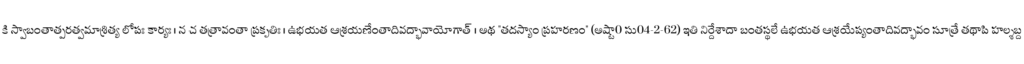
కి స్వాబంతాత్పరత్వమాశ్రిత్య లోపః కార్యః । న చ తత్రావంతా ప్రకృతిః । ఉభయత ఆశ్రయణేంతాదివద్భావాయోగాత్ । అథ "తదస్యాం ప్రహరణం" (అష్టా0 సు04-2-62) ఇతి నిర్దేశాదా బంతస్థలే ఉభయత ఆశ్రయేప్యంతాదివద్భావం సూత్రే తథాపి హల్శబ్ద